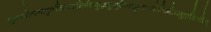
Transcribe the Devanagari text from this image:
शुभ्रज्योत्स्नापुलकितयामिनीम्फुल्लकुसुमितद्रुमदलशोभिनीम्सुहासिनीम्